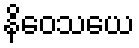
နိဝေသယေ